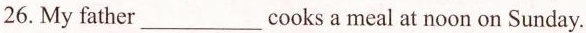
26.My father___cooks a meal at noon on Sunday.